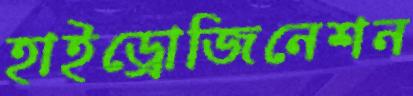
হাইড্রোজিনেশন